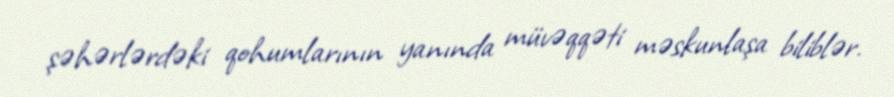
şəhərlərdəki qohumlarının yanında müvəqqəti məskunlaşa biliblər.